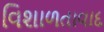
વિશાળતાવાદ